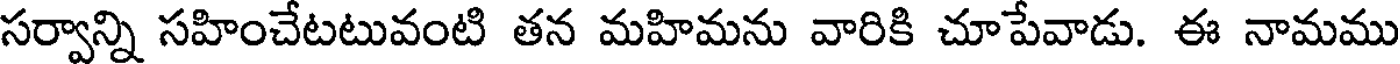
సర్వాన్ని సహించేటటువంటి తన మహిమను వారికి చూపేవాడు. ఈ నామము